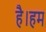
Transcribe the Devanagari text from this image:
है।हम